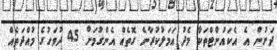
ދަށުން އެ އެކައުންޓްތަކާ މެދު އަމަލުކުރާނެ ގޮތެއް އެންގުމަށް 45 ދުވަހުގެ މުއްދަތެއް